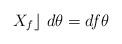
LaTeX: \begin{align*}X_{f}\rfloor \ d\theta =df\theta \end{align*}